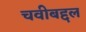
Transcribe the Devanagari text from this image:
चवीबद्दल